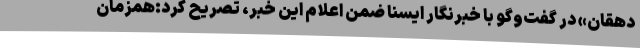
دهقان» در گفت‌وگو با خبرنگار ایسنا ضمن اعلام این خبر، تصریح کرد:همزمان